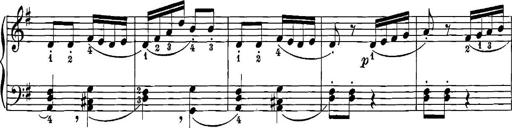
Title: 12 Sonatinas
Composer: Ignaz Pleyel